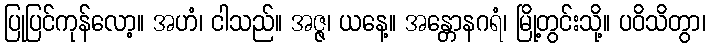
ပြုပြင်ကုန်လော့။ အဟံ၊ ငါသည်။ အဇ္ဇ၊ ယနေ့။ အန္တောနဂရံ၊ မြို့တွင်းသို့။ ပဝိသိတွာ၊